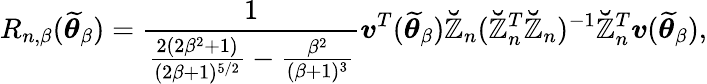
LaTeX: R_{n,\beta}(\widetilde{\boldsymbol{\theta}}_{\beta})=\frac{1}{\frac{2(2\beta^{2}+1)}{(2\beta+1)^{5/2}}-\frac{\beta^{2}}{(\beta+1)^{3}}}\boldsymbol{v}^{T}(\widetilde{\boldsymbol{\theta}}_{\beta})\mathbb{\breve{Z}}_{n}(\mathbb{\breve{Z}}_{n}^{T}\mathbb{\breve{Z}}_{n})^{-1}\mathbb{\breve{Z}}_{n}^{T}\boldsymbol{v}(\widetilde{\boldsymbol{\theta}}_{\beta}),